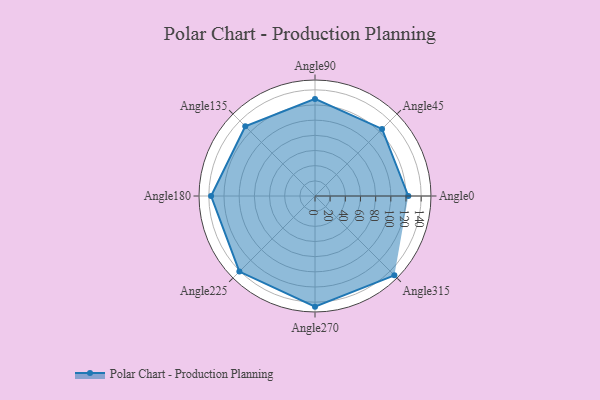
{"axis": {"x": "Angle", "y": "Radius"}, "legend": [""], "data": [{"x": "Angle0", "y": 123.0, "type": ""}, {"x": "Angle45", "y": 125.0, "type": ""}, {"x": "Angle90", "y": 128.0, "type": ""}, {"x": "Angle135", "y": 130.0, "type": ""}, {"x": "Angle180", "y": 137.0, "type": ""}, {"x": "Angle225", "y": 141.0, "type": ""}, {"x": "Angle270", "y": 146.0, "type": ""}, {"x": "Angle315", "y": 148.0, "type": ""}]}